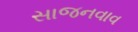
સાજનવાવ